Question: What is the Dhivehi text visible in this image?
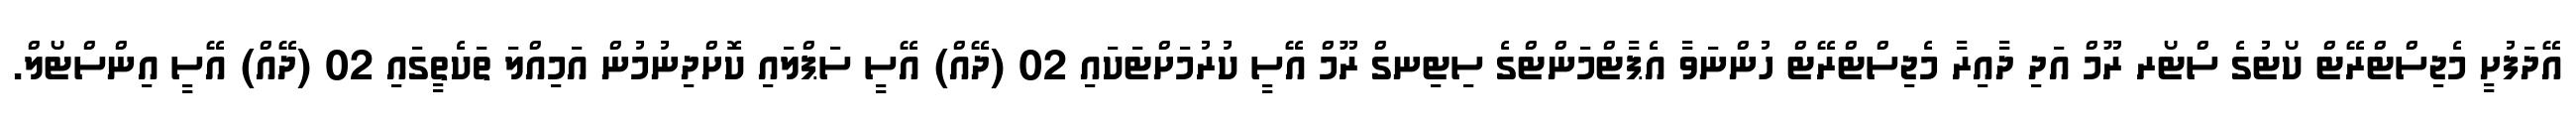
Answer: އޭދަފުށީ މެޖިސްޓްރޭޓް ކޯޓުގެ ސްޓޯރ ރޫމް އަދި ދާއިރާ މެޖިސްޓްރޭޓް ހުންނަވާ އެޕާޓްމަންޓްގެ ސިޓިނގް ރޫމް އޭސީ ކުރުމަށްޓަކައި 02 (ދޭއް) އޭސީ ސަޕްލައި ކޮށްދިނުމުން އަމިއްލަ ތަކެތީގައި 02 (ދޭއް) އޭސީ އިންސްޓޯލް.